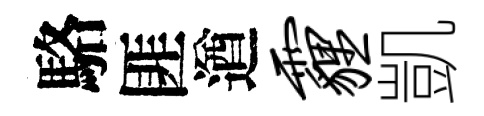
駱匪遒霾凱